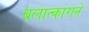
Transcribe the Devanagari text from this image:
बलात्काराने